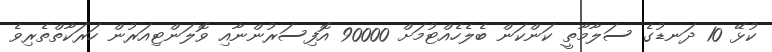
ކުޅޭ 10 ދަނޑުގެ ސަލާމާތީ ކަންކަން ބެލެހެއްޓުމަށް 90000 އޮފިސަރުންނާއި ވޮލަންޓިއަރުން ހަރަކާތްތެރިވެ